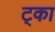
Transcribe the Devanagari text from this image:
ट्का